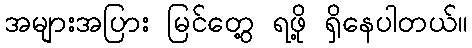
အများအပြား မြင်တွေ့ ရဖို့ ရှိနေပါတယ်။